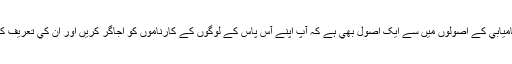
يہ کاميابي کے اصولوں ميں سے ايک اصول بھي ہے کہ آپ اپنے آس پاس کے لوگوں کے کارناموں کو اجاگر کريں اور ان کي تعريف کريں۔